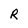
Character: R